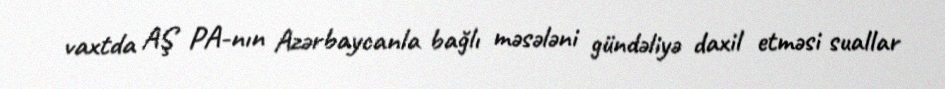
vaxtda AŞ PA-nın Azərbaycanla bağlı məsələni gündəliyə daxil etməsi suallar